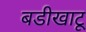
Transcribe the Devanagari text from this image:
बडीखाटू